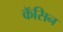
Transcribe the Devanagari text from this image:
कॅसिन